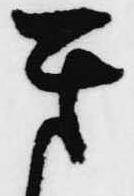
き